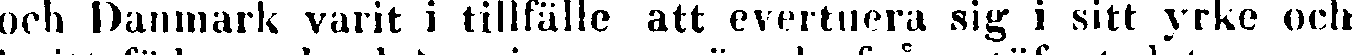
och Danmark varit i tillfälle att evertuera sig i sitt yrke och